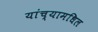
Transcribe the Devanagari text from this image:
यांच्यामधिल